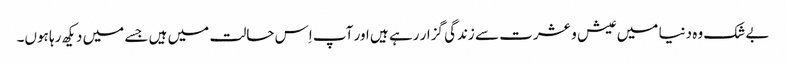
بے شک وہ دنیا میں عیش و عشرت سے زندگی گزار رہے ہیں اور آپ اِس حالت میں ہیں جسے میں دیکھ رہا ہوں۔